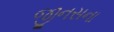
જીનસના